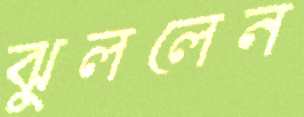
ঝুললেন